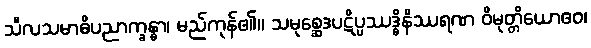
သီလသမာဓိပညာက္ခန္ဓာ၊ မည်ကုန်၏။ သမုစ္ဆေဒပဋိပ္ပဿဒ္ဓိနိဿရဏ ဝိမုတ္တိယောဧဝ၊